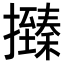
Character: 𢸩